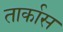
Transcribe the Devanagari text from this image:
तार्कास